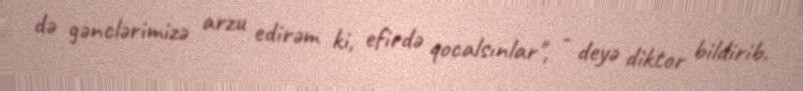
də gənclərimizə arzu edirəm ki, efirdə qocalsınlar", - deyə diktor bildirib.